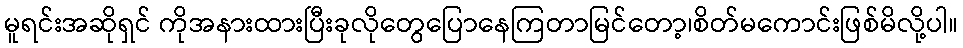
မူရင်းအဆိုရှင် ကိုအနားထားပြီးခုလိုတွေပြောနေကြတာမြင်တော့၊စိတ်မကောင်းဖြစ်မိလို့ပါ။